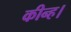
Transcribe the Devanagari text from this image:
कीन्ह।